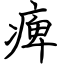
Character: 痺